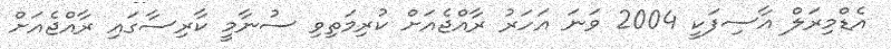
އެޑްމިރަލް އާސިފަކީ 2004 ވަނަ އަހަރު ރާއްޖެއަށް ކުރިމަތިވި ސުނާމީ ކާރިސާގައި ރާއްޖެއަށް